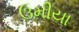
ઉમીયા